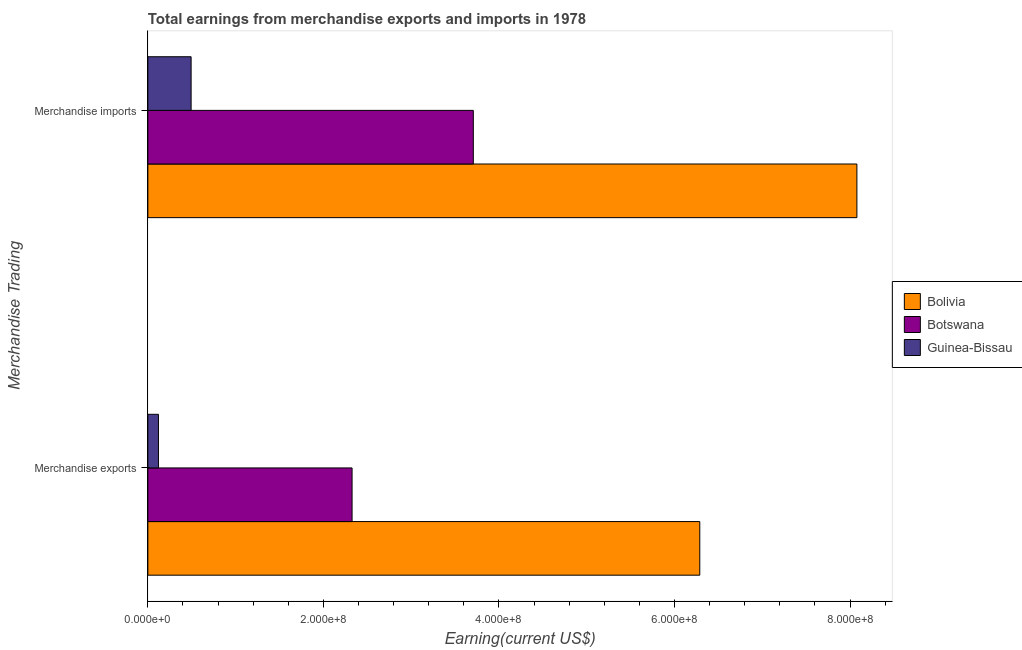
| Merchandise Trading | Bolivia | Botswana | Guinea-Bissau |
 | --- | --- | --- | --- |
 | Merchandise exports | 6.29e+08 | 2.33e+08 | 1.21e+07 |
 | Merchandise imports | 8.08e+08 | 3.71e+08 | 4.93e+07 |